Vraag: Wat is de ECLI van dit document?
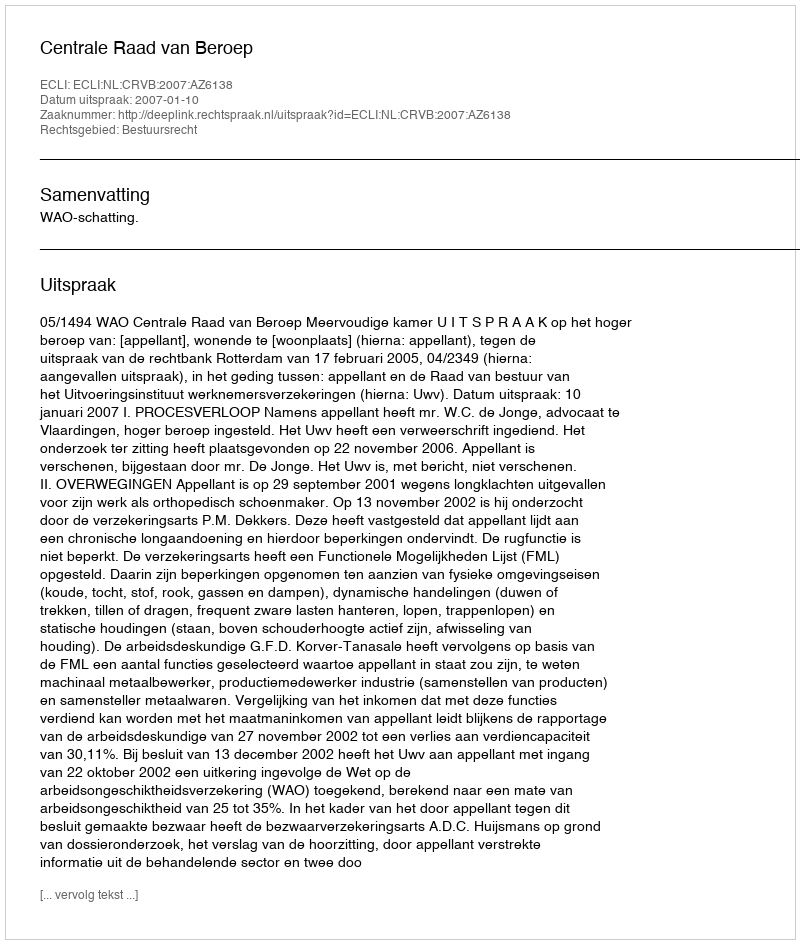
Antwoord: ECLI:NL:CRVB:2007:AZ6138